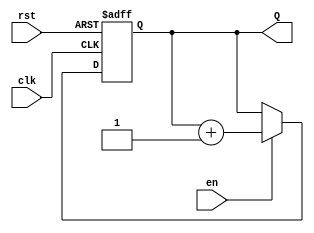
module binary_counter (
    input wire clk,       // Clock input
    input wire rst,       // Reset input
    input wire en,        // Enable input
    output reg [n-1:0] Q  // n-bit output count
);
    parameter n = 4; // Number of bits in the counter (can be modified)

    // Always block triggered on the rising edge of the clock
    always @(posedge clk or posedge rst) begin
        if (rst) begin
            Q <= 0; // Reset the counter to 0
        end else if (en) begin
            Q <= Q + 1; // Increment the counter
        end
    end
endmodule